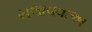
ચલાવવાઅ